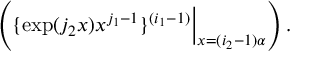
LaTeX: \left( \{ \exp ( j _ { 2 } x ) x ^ { j _ { 1 } - 1 } \} ^ { ( i _ { 1 } - 1 ) } { \Big | } _ { x = ( i _ { 2 } - 1 ) \alpha } \right) .